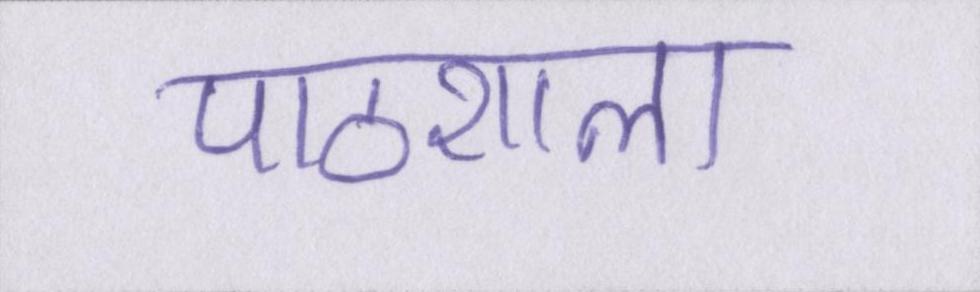
पाठशाला